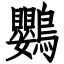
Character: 鸚